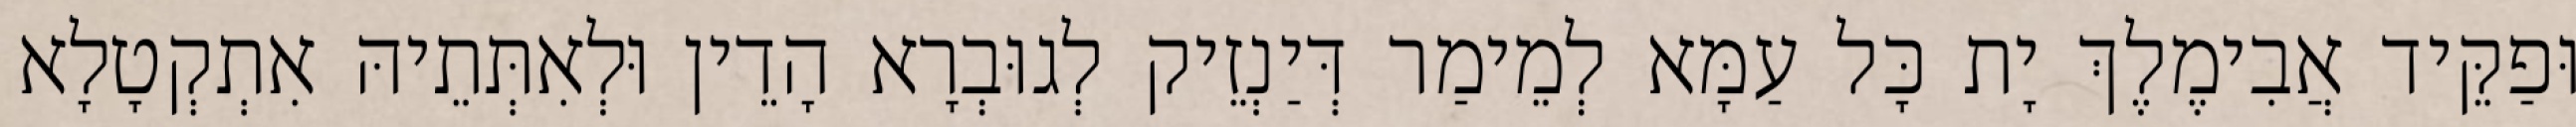
וּפַקֵּיד אֲבִימֶלֶךְ יָת כָּל עַמָּא לְמֵימַר דְּיַנְזֵיק לְגוּבְרָא הָדֵין וּלְאִתְּתֵיהּ אִתְקְטָלָא